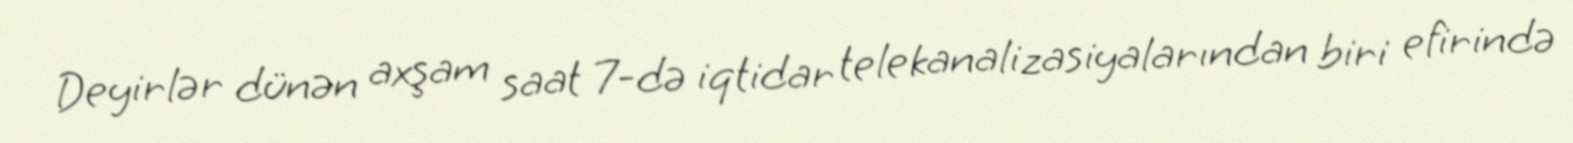
Deyirlər dünən axşam saat 7-də iqtidar telekanalizasiyalarından biri efirində